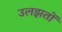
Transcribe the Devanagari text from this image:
उलझतों